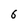
Character: 6